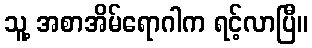
သူ့ အစာအိမ်ရောဂါက ရင့်လာပြီ။